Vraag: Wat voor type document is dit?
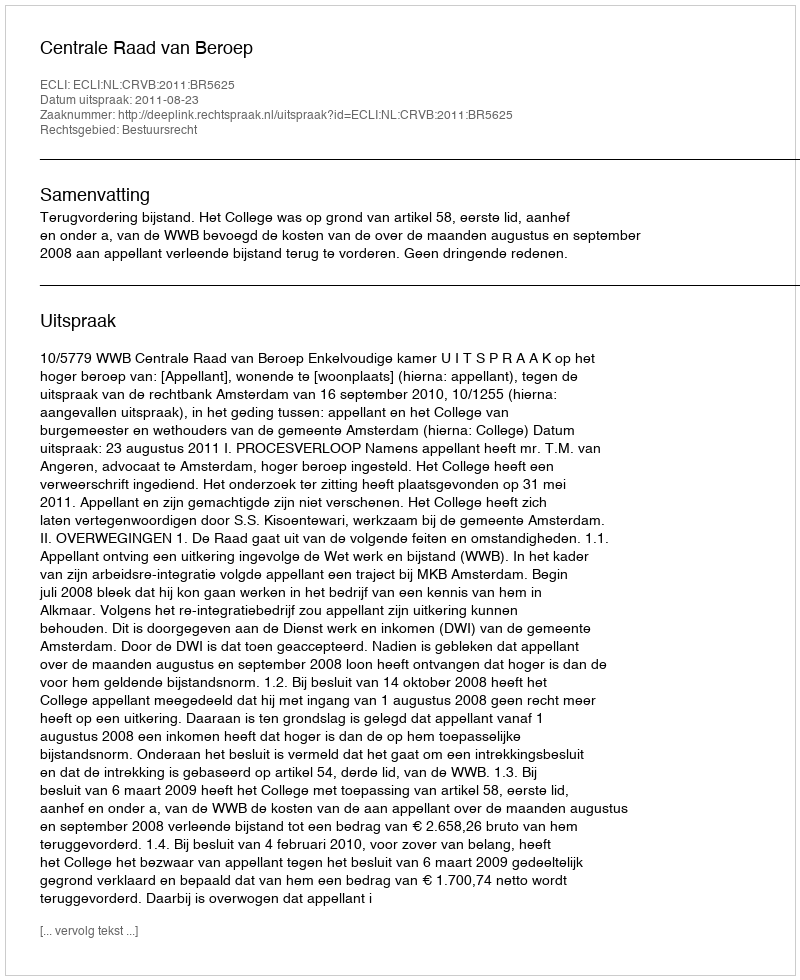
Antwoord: Uitspraak